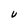
Character: V